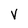
Character: V